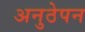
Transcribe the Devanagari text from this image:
अनुठेपन